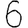
Digit: 6